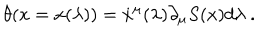
LaTeX: \theta ( x = x ( \lambda ) ) = \dot { x } ^ { \mu } ( \lambda ) \partial _ { \mu } S ( x ) d \lambda \ .